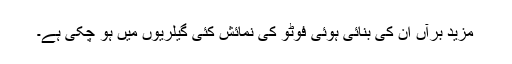
مزید برآں ان کی بنائی ہوئی فوٹو کی نمائش کئی گیلریوں میں ہو چکی ہے۔